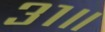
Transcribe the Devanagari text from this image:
३१॥